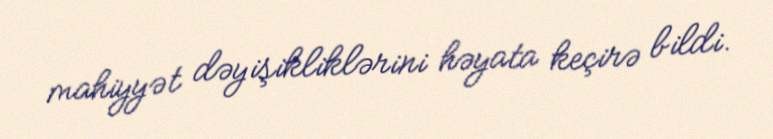
mahiyyət dəyişikliklərini həyata keçirə bildi.